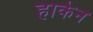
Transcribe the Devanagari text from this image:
हाकेन